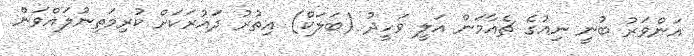
އަންވަރު ބުނީ ނިއުގެ ޗެއާމަން އަލީ ވަހީދު (ބަލަކް) އިތުރު ދައުރަކަށް ކުރިމަތިނުލައްވަން